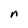
Character: n